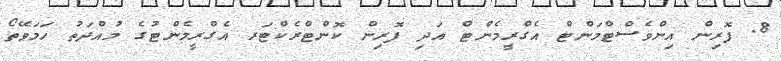
8. ފޮރިން އިންވެސްޓްމަންޓް އެގްރީމެންޓް އަދި ފޮރިން ކޮންޓްރެކްޓަރ އެގްރީމެންޓުގެ މުއްދަތު ހަމަވޭތޯ